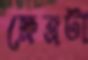
ক্ষেত্রটা